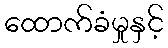
ထောက်ခံမှုနှင့်